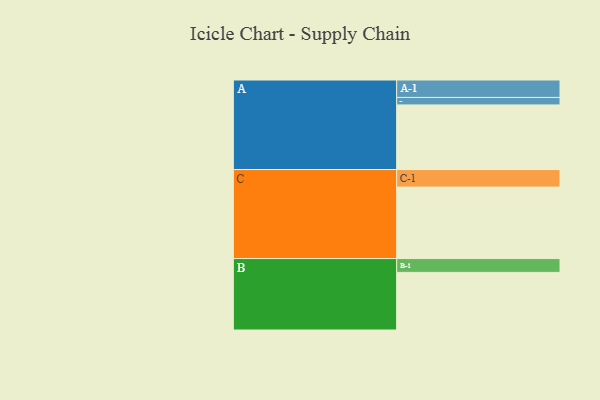
{"axis": {"x": "Segment", "y": "Value"}, "legend": ["", "A", "B", "C"], "data": [{"x": "A", "y": 500, "type": ""}, {"x": "B", "y": 446, "type": ""}, {"x": "C", "y": 553, "type": ""}, {"x": "A-1", "y": 135, "type": "A"}, {"x": "A-2", "y": 58, "type": "A"}, {"x": "B-1", "y": 107, "type": "B"}, {"x": "C-1", "y": 136, "type": "C"}]}